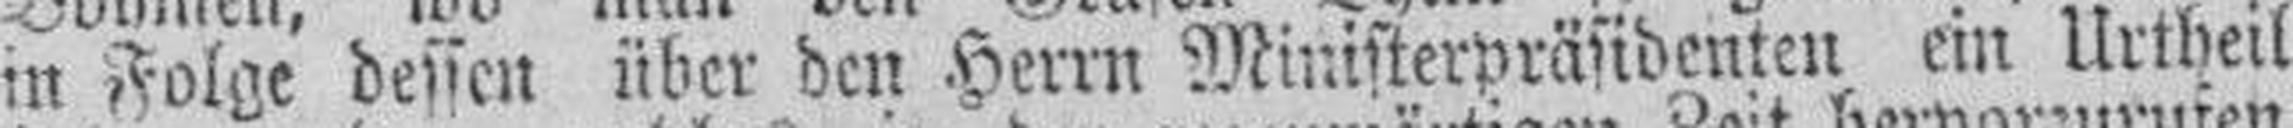
in Folge dessen über den Herrn Ministerpräsidenten ein Urtheil